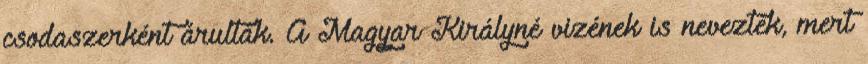
csodaszerként árulták. A Magyar Királyné vizének is nevezték, mert